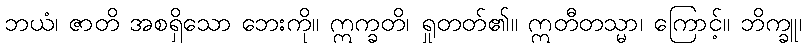
ဘယံ၊ ဇာတိ အစရှိသော ဘေးကို။ ဣက္ခတိ၊ ရှုတတ်၏။ ဣတီတသ္မာ၊ ကြောင့်။ ဘိက္ခူ၊